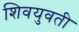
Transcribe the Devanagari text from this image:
शिवयुवती